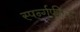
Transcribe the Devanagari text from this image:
स्पर्न्गफील्ड